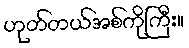
ဟုတ်တယ်အစ်ကိုကြီး။